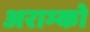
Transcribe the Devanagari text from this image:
अराम्को